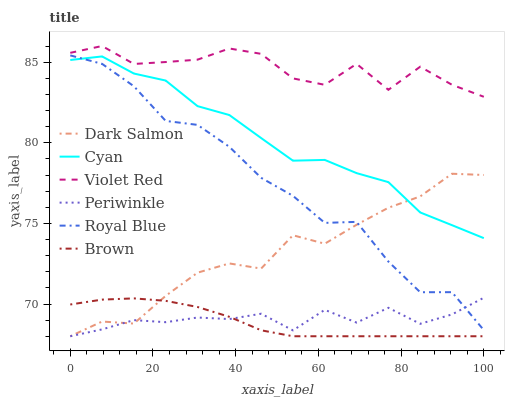
| xaxis_label | Dark Salmon | Cyan | Violet Red | Periwinkle | Royal Blue | Brown |
 | --- | --- | --- | --- | --- | --- | --- |
 | 0 | 68 | 85.1 | 85.6 | 68 | 85.4 | 70 |
 | 7.69 | 68.9 | 85.4 | 86 | 68.4 | 84.9 | 70.3 |
 | 15.4 | 68.8 | 84.3 | 84.9 | 69 | 83.5 | 70.3 |
 | 23.1 | 70.5 | 83.9 | 85 | 68.9 | 81.4 | 70.2 |
 | 30.8 | 71.9 | 82.3 | 85.2 | 69.2 | 81.1 | 69.8 |
 | 38.5 | 72.5 | 81.7 | 85.8 | 69.1 | 79.8 | 69.2 |
 | 46.2 | 72.2 | 80.3 | 85.5 | 69.4 | 77.8 | 68.4 |
 | 53.8 | 74.3 | 78.9 | 84 | 68.4 | 76.7 | 68 |
 | 61.5 | 73.7 | 78.9 | 83.6 | 69.6 | 75 | 68 |
 | 69.2 | 74.9 | 78.1 | 84.9 | 68.8 | 75.1 | 68 |
 | 76.9 | 76 | 77.6 | 83.3 | 69.8 | 72.6 | 68 |
 | 84.6 | 76.7 | 75.7 | 84.7 | 68.8 | 70.7 | 68 |
 | 92.3 | 78.1 | 74.9 | 83.6 | 69.4 | 70.7 | 68 |
 | 100 | 78 | 74.1 | 82.9 | 70.4 | 68.4 | 68 |